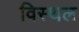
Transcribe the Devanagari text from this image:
विस्थल